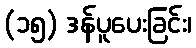
(၁၅) ဒန်ပူပေးခြင်း၊